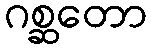
ဂစ္ဆတော